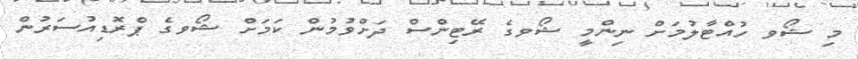
މި ޝޯވ ހުއްޓާލުމަށް ނިންމީ ޝޯވގެ ރޭޓިންސް ދަށްވުމުން ކަމަށް ޝޯވގެ ޕްރޮޑިއުސަރުން